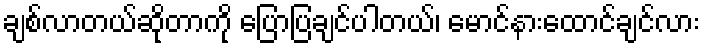
ချစ်လာတယ်ဆိုတာကို ပြောပြချင်ပါတယ်၊ မောင်နားထောင်ချင်လား